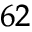
^ { 6 2 }